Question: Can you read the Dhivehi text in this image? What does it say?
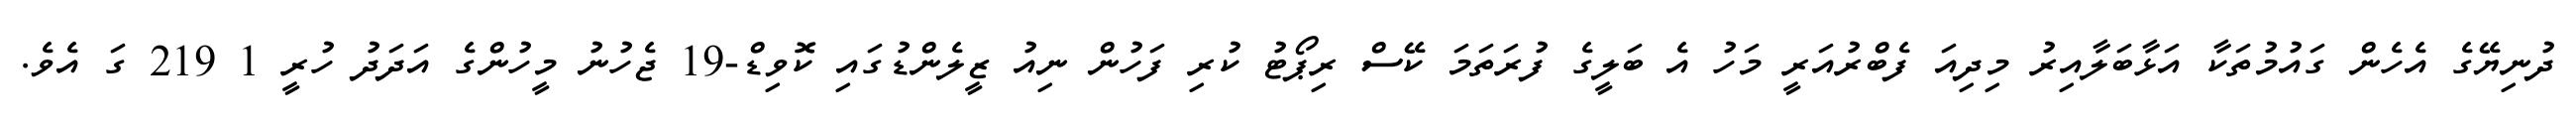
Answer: ދުނިޔޭގެ އެހެން ގައުމުތަކާ އަޅާބަލާއިރު މިދިއަ ފެބްރުއަރީ މަހު އެ ބަލީގެ ފުރަތަމަ ކޭސް ރިޕޯޓު ކުރި ފަހުން ނިއު ޒީލެންޑުގައި ކޮވިޑް-19 ޖެހުނު މީހުންގެ އަދަދު ހުރީ 1 219 ގަ އެވެ.